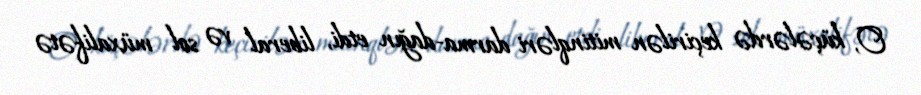
O, küçələrdə keçirilən mitinqləri darma-dağın etdi, liberal və sol müxalifətə